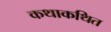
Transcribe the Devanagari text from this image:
कथाकथित